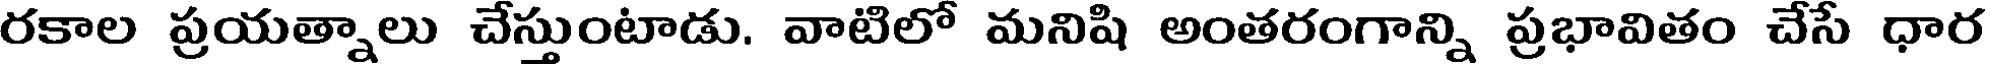
రకాల ప్రయత్నాలు చేస్తుంటాడు. వాటిలో మనిషి అంతరంగాన్ని ప్రభావితం చేసే ధార